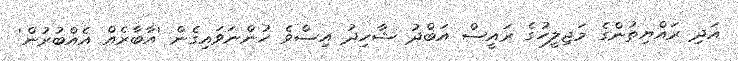
އަދި ރައްޔިތުންގެ މަޖިލީހުގެ ރައީސް އަބްދު ޝާހިދު އިސްވެ ހުންނަވައިގެން 'އާބާރެއް އެއްބުރުން'